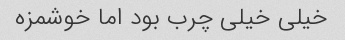
خیلی خیلی چرب بود اما خوشمزه